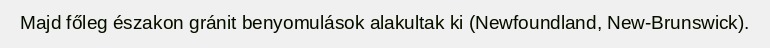
Majd főleg északon gránit benyomulások alakultak ki (Newfoundland, New-Brunswick).